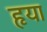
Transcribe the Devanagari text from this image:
हृया